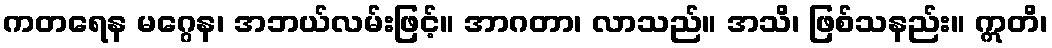
ကတရေန မဂ္ဂေန၊ အဘယ်လမ်းဖြင့်။ အာဂတာ၊ လာသည်။ အသိ၊ ဖြစ်သနည်း။ ဣတိ၊